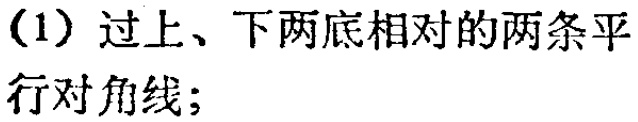
（1）过上、下两底相对的两条平行对角线；